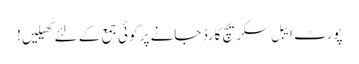
پورٹ ایبل سکریچ کارڈ جانے پر کوئی جمع کے لئے کھیلیں!